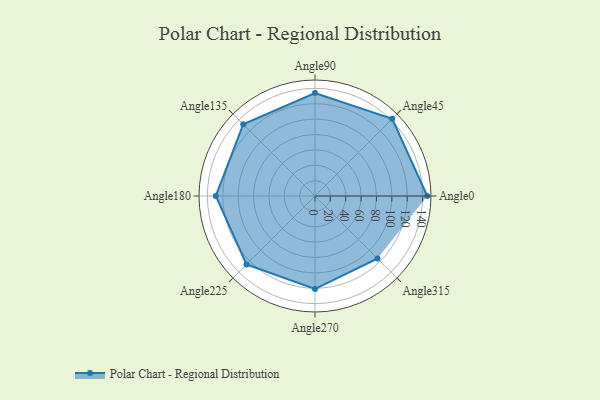
{"axis": {"x": "Angle", "y": "Radius"}, "legend": [""], "data": [{"x": "Angle0", "y": 146.0, "type": ""}, {"x": "Angle45", "y": 142.0, "type": ""}, {"x": "Angle90", "y": 134.0, "type": ""}, {"x": "Angle135", "y": 132.0, "type": ""}, {"x": "Angle180", "y": 129.0, "type": ""}, {"x": "Angle225", "y": 126.0, "type": ""}, {"x": "Angle270", "y": 121.0, "type": ""}, {"x": "Angle315", "y": 115.0, "type": ""}]}